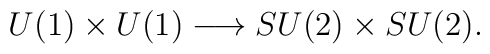
U(1)\times U(1) \longrightarrow SU(2)\times SU(2).